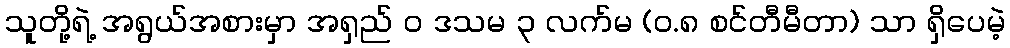
သူတို့ရဲ့ အရွယ်အစားမှာ အရှည် ၀ ဒသမ ၃ လက်မ (၀.၈ စင်တီမီတာ) သာ ရှိပေမဲ့